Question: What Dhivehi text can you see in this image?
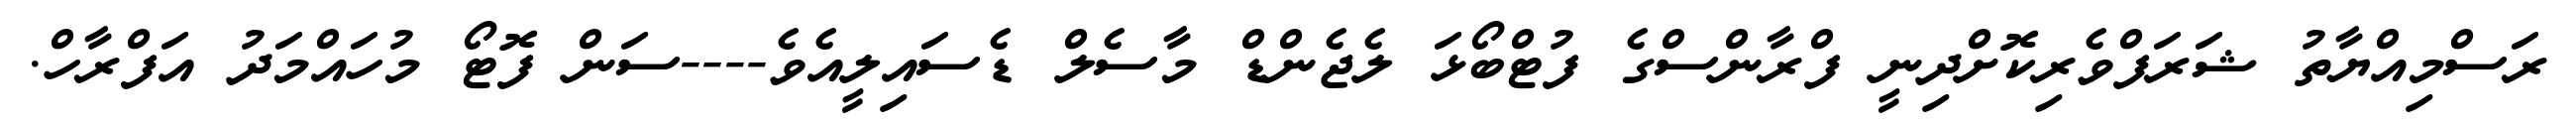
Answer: ރަސްމިއްޔާތު ޝަރަފްވެރިކޮށްދިނީ ފްރާންސްގެ ފުޓްބޯޅަ ލެޖެންޑް މާސެލް ޑެސައިލީއެވެ----ސަން ފޮޓޯ މުހައްމަދު އަފްރާހް.